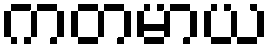
ကတမာယ